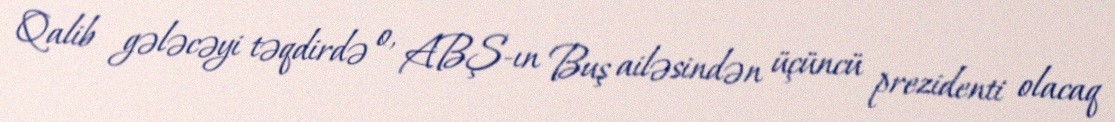
Qalib gələcəyi təqdirdə o, ABŞ-ın Buş ailəsindən üçüncü prezidenti olacaq